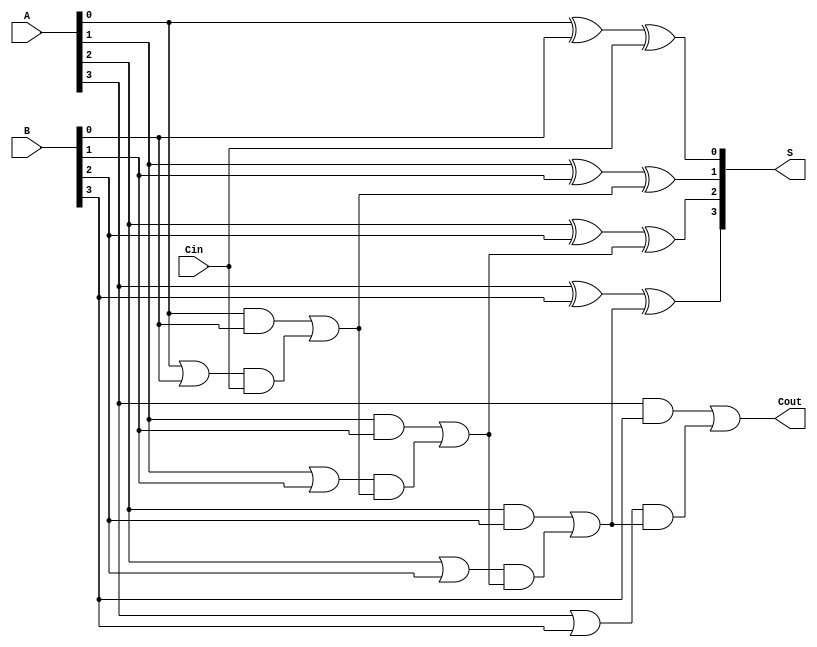
module CarrySelectAdder #(
    parameter N = 4 // Number of bits (can be adjusted)
)(
    input  [N-1:0] A,     // First operand
    input  [N-1:0] B,     // Second operand
    input          Cin,    // Carry input
    output [N-1:0] S,     // Sum output
    output         Cout     // Carry output
);

    // Generate (G) and Propagate (P) signals
    wire [N-1:0] G;
    wire [N-1:0] P;
    
    generate
        genvar i;
        for (i = 0; i < N; i = i + 1) begin : gp
            assign G[i] = A[i] & B[i]; // Generate
            assign P[i] = A[i] | B[i]; // Propagate
        end
    endgenerate

    // Carry signals
    wire [N:0] C; // C[0] is Cin, C[N] is Cout
    assign C[0] = Cin;

    // Carry calculations
    generate
        for (i = 0; i < N; i = i + 1) begin : carry_calc
            assign C[i + 1] = G[i] | (P[i] & C[i]);
        end
    endgenerate

    // Sum calculations
    generate
        for (i = 0; i < N; i = i + 1) begin : sum_calc
            assign S[i] = A[i] ^ B[i] ^ C[i]; // Sum
        end
    endgenerate

    // Carry output
    assign Cout = C[N];

endmodule